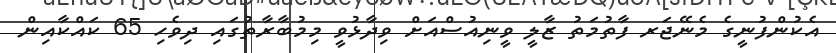
އެކުންފުނީގެ މެނޭޖަރ ފާތުމަތު ޒާލީ ވީނިއުސްއަށް ވިދާޅުވީ މިމުބާރާތުގައި ދިވެހި 65 ކައްކާއިން